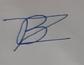
Signature authenticity: forged